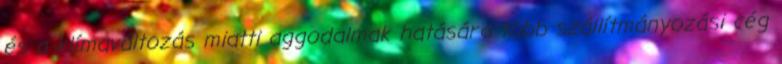
és a klímaváltozás miatti aggodalmak hatására több szállítmányozási cég